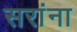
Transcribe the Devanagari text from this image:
सरांना